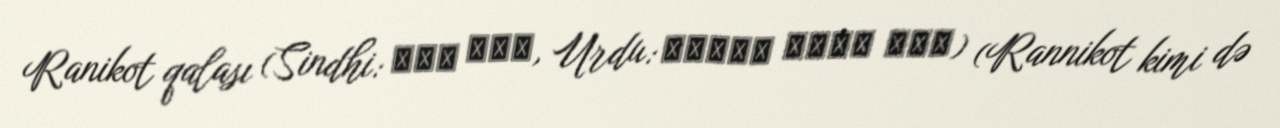
Ranikot qalası (Sindhi: رني ڪوٽ, Urdu: قِلعہ رانی کوٹ) (Rannikot kimi də